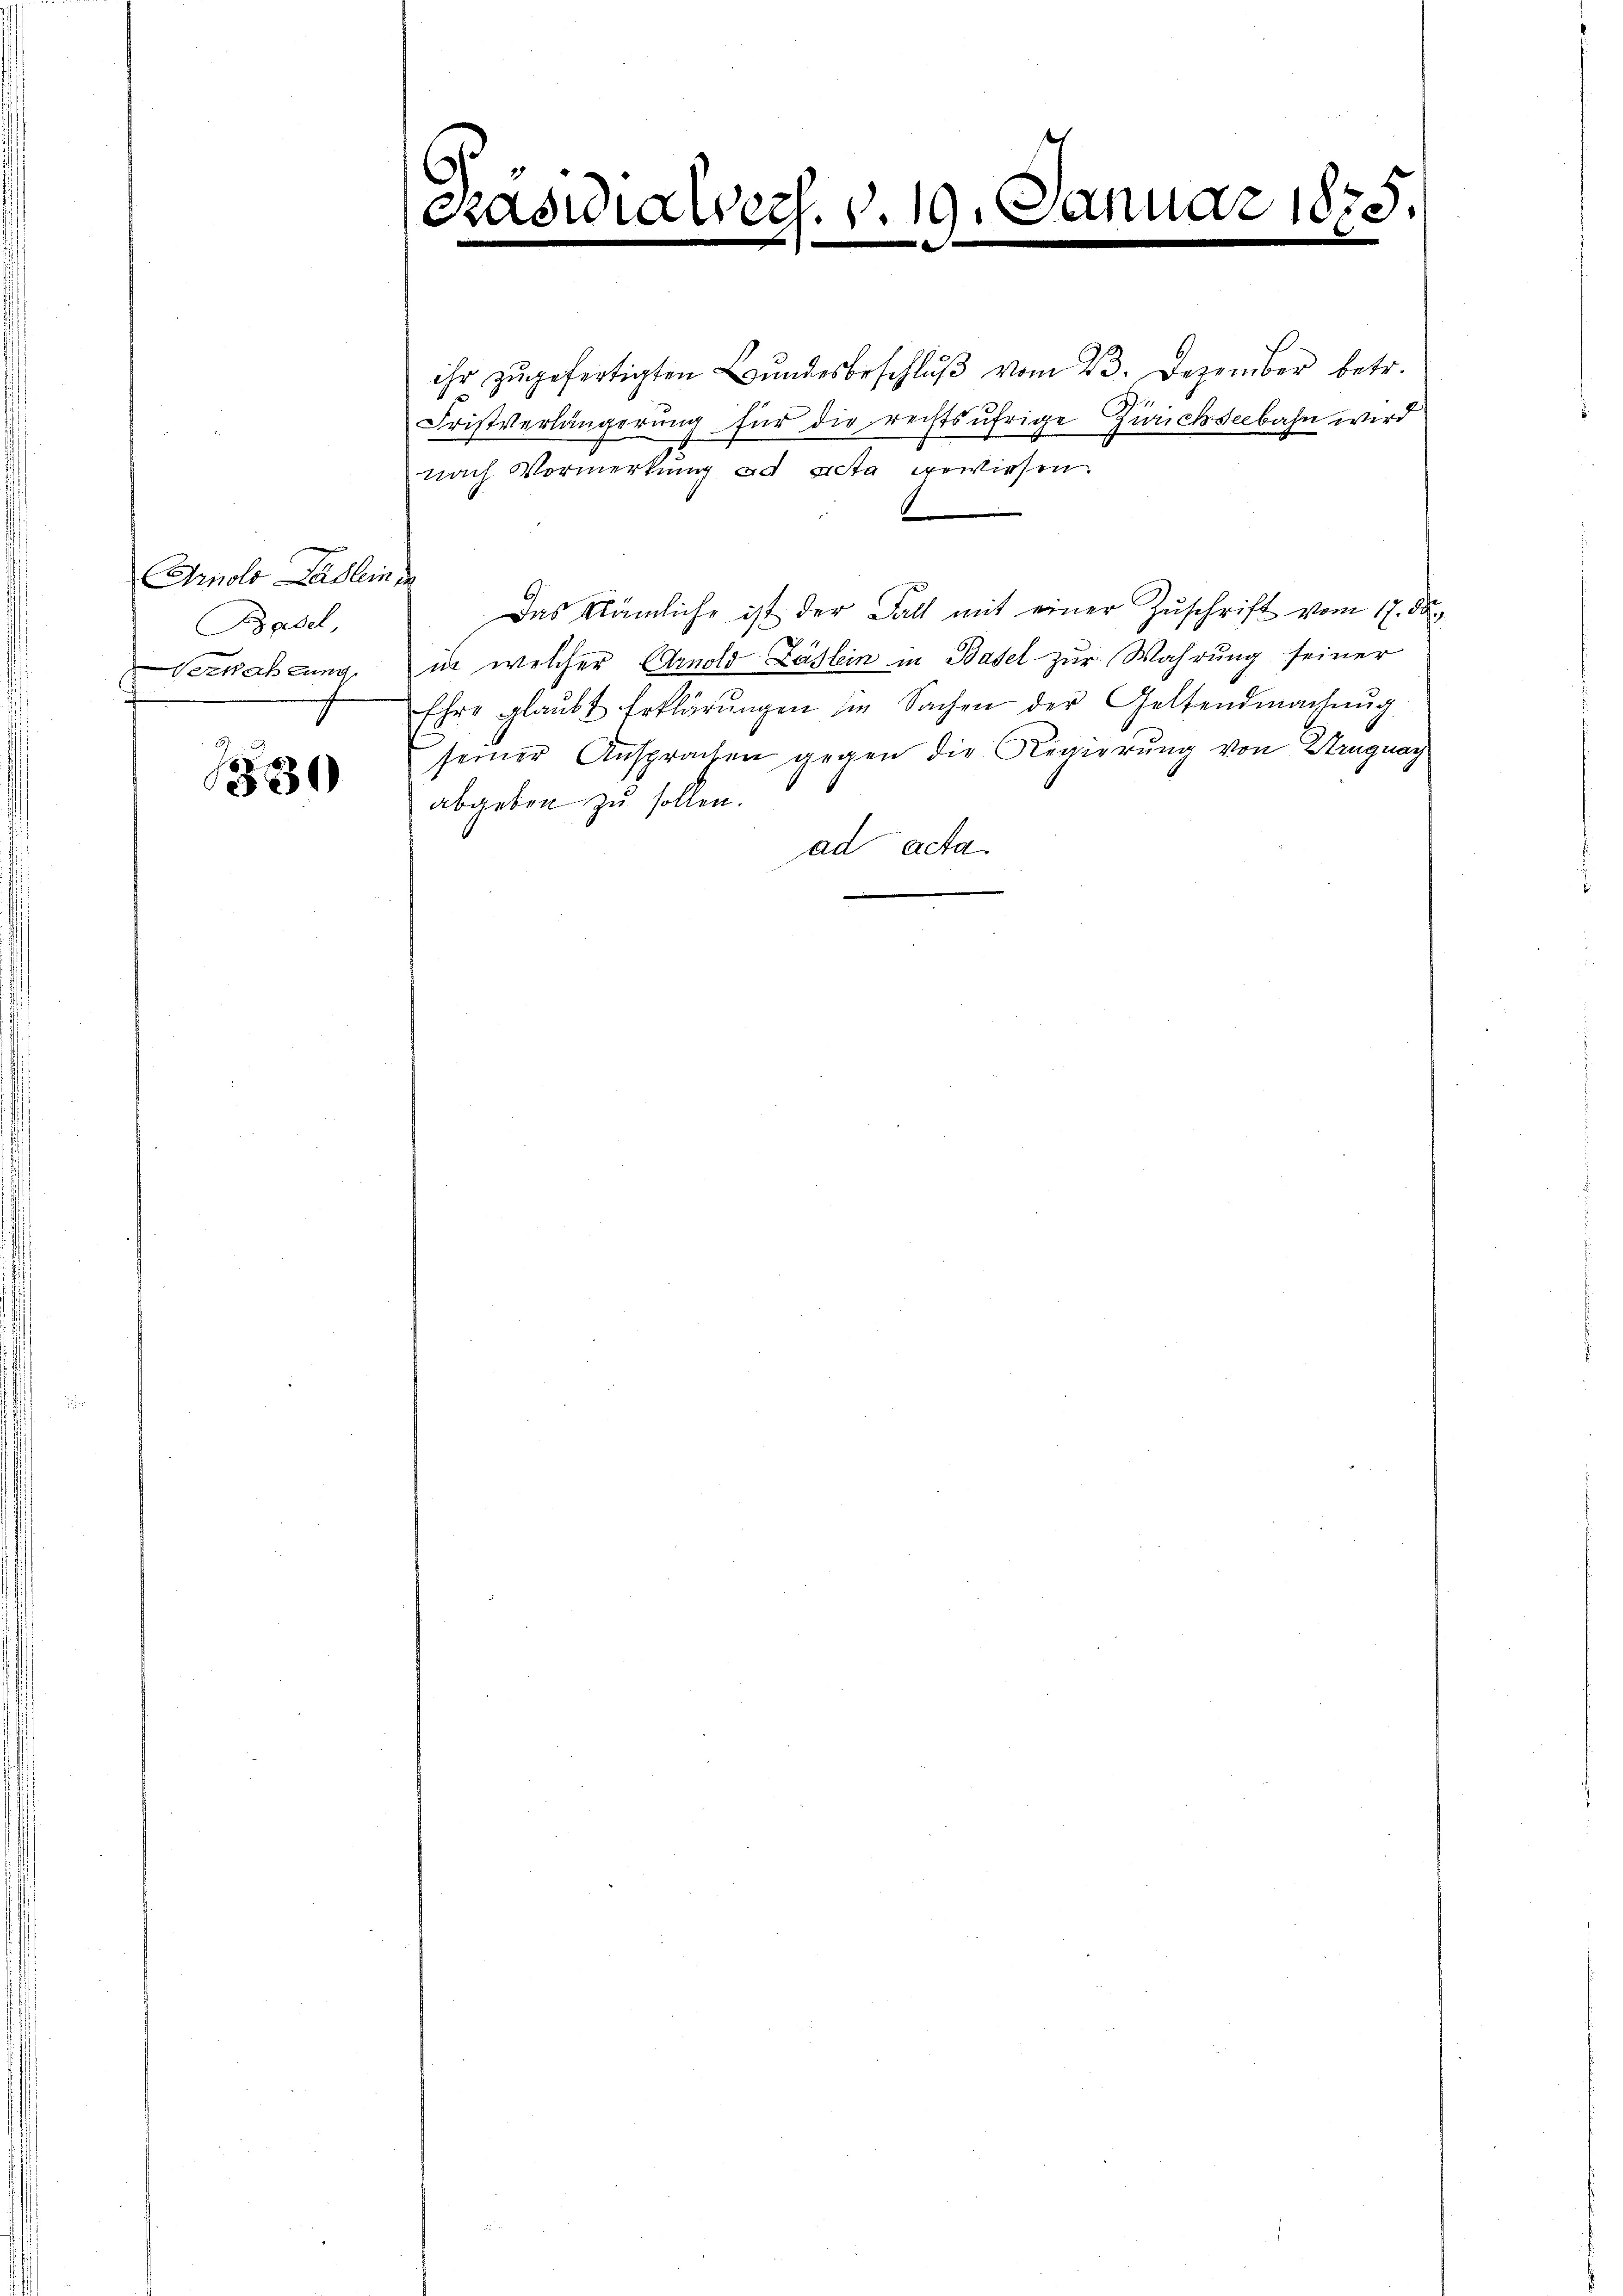
Arnold Baslein
Basel
Verwahrung,

1330

Pasie

ihr zugefertigten Bundesbeschluß vom 23. Dezember betr.
Fristverlängerung für die rechtsufrige Zürichseebahn wird
nach Vormerkung ad acta gewiesen.
.
Das klämliche ist der Fall mit einer Zuschrift vom 17. dur
in welcher Arnold Läslein in Basel zur Wahrung seiner
Ehre glaŭbt Erklärŭngen die Sachen der Geltendmachung
seiner Ansprachen gegen die Regierung von Uruguay
abgeben zu sollen.
ad acta

Pech. 1. 190
.
.

ruar 1875.
.